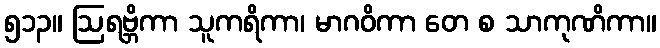
၅၁၃။ ဩရဗ္ဘိကာ သူကရိကာ၊ မာဂဝိကာ တေ စ သာကုဏိကာ။